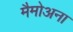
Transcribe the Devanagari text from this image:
मैमोअना